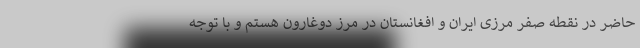
حاضر در نقطه صفر مرزی ایران و افغانستان در مرز دوغارون هستم و با توجه